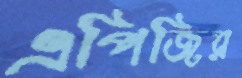
এপিজির